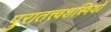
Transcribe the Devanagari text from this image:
पुरातत्त्वशस्त्रियों